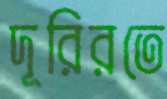
দূরিরতে